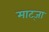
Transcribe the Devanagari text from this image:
माट्जा